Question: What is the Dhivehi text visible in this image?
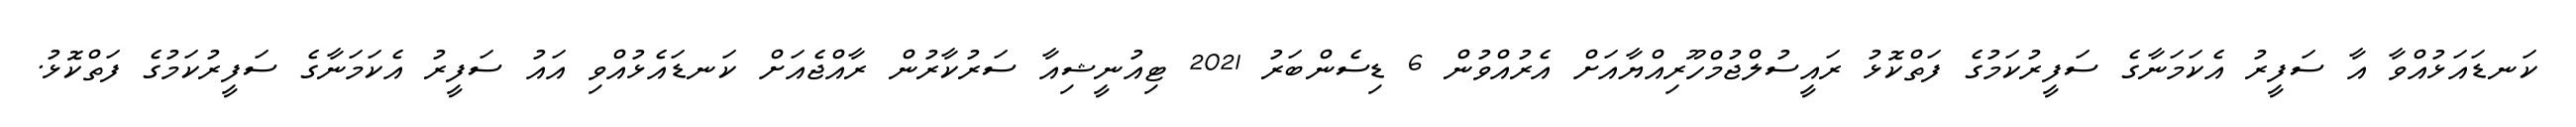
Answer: ކަނޑައަޅުއްވާ އާ ސަފީރު އެކަމަނާގެ ސަފީރުކަމުގެ ފަތްކޮޅު ރައީސުލްޖުމްހޫރިއްޔާއަށް އެރުއްވުން 6 ޑިސެންބަރު 2021 ޓިއުނީޝިއާ ސަރުކާރުން ރާއްޖެއަށް ކަނޑައެޅުއްވި އައު ސަފީރު އެކަމަނާގެ ސަފީރުކަމުގެ ފަތްކޮޅު.